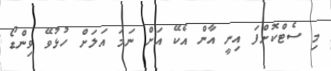
މި ސެޓްކޮށްފަ އިނީ އާން އެކޭ އަށް ނަމަ އަލަށް ހުޅުވޭ ވިންޑޯ